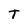
Character: T